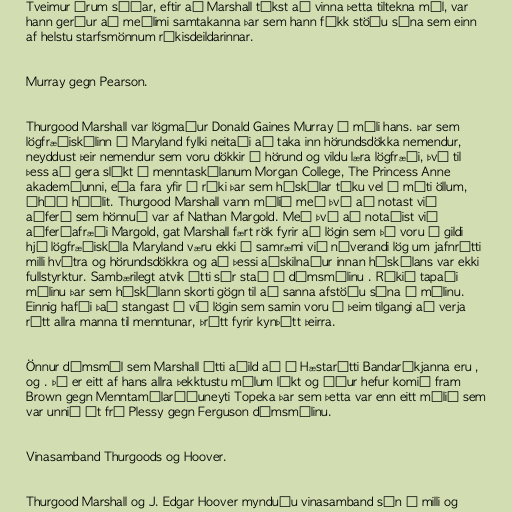
Tveimur árum síðar, eftir að Marshall tókst að vinna þetta tiltekna mál, var
hann gerður að meðlimi samtakanna þar sem hann fékk stöðu sína sem einn
af helstu starfsmönnum ríkisdeildarinnar.

Murray gegn Pearson.

Thurgood Marshall var lögmaður Donald Gaines Murray í máli hans. Þar sem
lögfræðiskólinn í Maryland fylki neitaði að taka inn hörundsdökka nemendur,
neyddust þeir nemendur sem voru dökkir á hörund og vildu læra lögfræði, því til
þess að gera slíkt í menntaskólanum Morgan College, The Princess Anne
akademíunni, eða fara yfir í ríki þar sem háskólar tóku vel á móti öllum,
óháð húðlit. Thurgood Marshall vann málið með því að notast við
aðferð sem hönnuð var af Nathan Margold. Með því að notaðist við
aðferðafræði Margold, gat Marshall fært rök fyrir að lögin sem þá voru í gildi
hjá lögfræðiskóla Maryland væru ekki í samræmi við núverandi lög um jafnrétti
milli hvítra og hörundsdökkra og að þessi aðskilnaður innan háskólans var ekki
fullstyrktur. Sambærilegt atvik átti sér stað í dómsmálinu . Ríkið tapaði
málinu þar sem háskólann skorti gögn til að sanna afstöðu sína í málinu.
Einnig hafði það stangast á við lögin sem samin voru í þeim tilgangi að verja
rétt allra manna til menntunar, þrátt fyrir kynþátt þeirra.

Önnur dómsmál sem Marshall átti aðild að í Hæstarétti Bandaríkjanna eru ,
og . Þó er eitt af hans allra þekktustu málum líkt og áður hefur komið fram
Brown gegn Menntamálaráðuneyti Topeka þar sem þetta var enn eitt málið sem
var unnið út frá Plessy gegn Ferguson dómsmálinu.

Vinasamband Thurgoods og Hoover.

Thurgood Marshall og J. Edgar Hoover mynduðu vinasamband sín á milli og